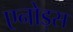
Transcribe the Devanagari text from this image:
एनोड्स